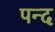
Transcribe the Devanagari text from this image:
पन्द